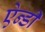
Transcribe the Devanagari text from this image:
ऐन्डी